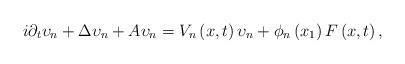
LaTeX: \begin{align*}i\partial _{t}\upsilon _{n}+\Delta \upsilon _{n}+A\upsilon _{n}=V_{n}\left(x,t\right) \upsilon _{n}+\phi _{n}\left( x_{1}\right) F\left( x,t\right) , \end{align*}